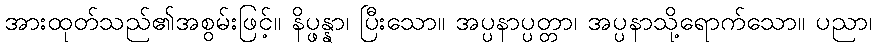
အားထုတ်သည်၏အစွမ်းဖြင့်။ နိပ္ဖန္နာ၊ ပြီးသော။ အပ္ပနာပ္ပတ္တာ၊ အပ္ပနာသို့ရောက်သော။ ပညာ၊